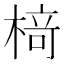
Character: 𬃪